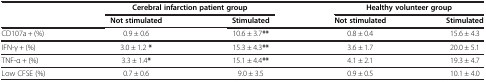
|  | <COLSPAN=2> Cerebral infarction patient group | <COLSPAN=2> Healthy volunteer group |
 |  | Not stimulated | Stimulated | Not stimulated | Stimulated |
 | --- | --- | --- | --- | --- |
 | CD107a + (%) | 0.9 ± 0.6 | 10.6 ± 3.7** | 0.8 ± 0.4 | 15.6 ± 4.3 |
 | IFN-γ + (%) | 3.0 ± 1.2 * | 15.3 ± 4.3** | 3.6 ± 1.7 | 20.0 ± 5.1 |
 | TNF-α + (%) | 3.3 ± 1.4* | 15.1 ± 4.4** | 4.1 ± 2.1 | 19.3 ± 4.7 |
 | Low CFSE (%) | 0.7 ± 0.6 | 9.0 ± 3.5 | 0.9 ± 0.5 | 10.1 ± 4.0 |